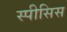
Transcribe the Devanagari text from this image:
स्पीसिस